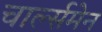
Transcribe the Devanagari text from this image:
चार्ल्समेन